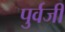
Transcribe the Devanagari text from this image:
पुर्वजी